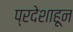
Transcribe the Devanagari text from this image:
प्रदेशाहून